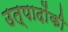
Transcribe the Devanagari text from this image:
उत्पादोंकी